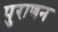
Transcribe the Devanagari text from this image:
पुराणन